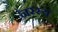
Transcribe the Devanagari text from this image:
नरस्य